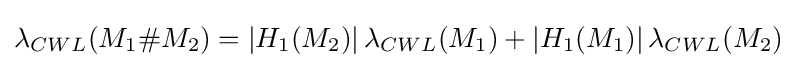
\lambda _{CWL}(M_{1}\#M_{2})=\left\vert H_{1}(M_{2})\right\vert \lambda _{CWL}(M_{1})+\left\vert H_{1}(M_{1})\right\vert \lambda _{CWL}(M_{2})